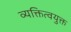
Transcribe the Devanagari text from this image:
व्यक्तित्वयुक्त